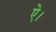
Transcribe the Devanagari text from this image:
ऐ।